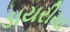
ડાયરીયા